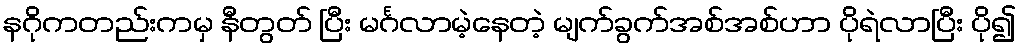
နဂိုကတည်းကမှ နီတွတ် ပြီး မင်္ဂလာမဲ့နေတဲ့ မျက်ခွက်အစ်အစ်ဟာ ပိုရဲလာပြီး ပို၍